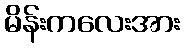
မိန်းကလေးအား